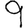
Digit: 9